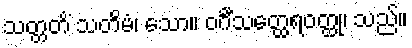
သတ္တတိံ သတိမံ၊ သော။ ဝင်္ဂီသတ္ထေရဝတ္ထု၊ သည်။